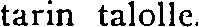
tarin talolle.